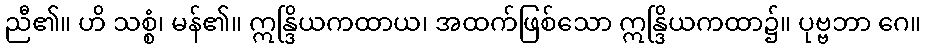
ညီ၏။ ဟိ သစ္စံ၊ မန်၏။ ဣန္ဒြိယကထာယ၊ အထက်ဖြစ်သော ဣန္ဒြိယကထာ၌။ ပုဗ္ဗဘာ ဂေ။